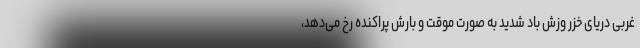
غربی دریای خزر وزش باد شدید به صورت موقت و بارش پراکنده رخ می‌دهد،